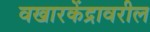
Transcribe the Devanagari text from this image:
वखारकेंद्रावरील